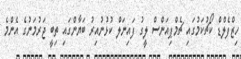
ހިޒްފެލްޑް ކޯޗުކަމުގައި ޗެމްޕިއަންސް ލީގު ފައިނަލް ކުޅުނުއިރު ބަޔާންގައި ތިބީ ޖަރުމަނުގެ އެންމެ